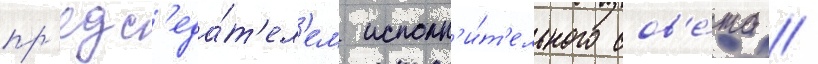
пр'едс'еда́т'ел'ем исполн'и́т'ельного сов'е́та //